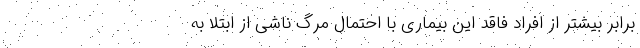
برابر بیشتر از افراد فاقد این بیماری با احتمال مرگ ناشی از ابتلا به